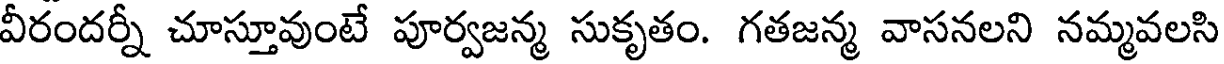
వీరందర్నీ చూస్తూవుంటే పూర్వజన్మ సుకృతం. గతజన్మ వాసనలని నమ్మవలసి